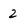
Character: 2